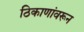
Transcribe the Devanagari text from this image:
ठिकाणांवरून